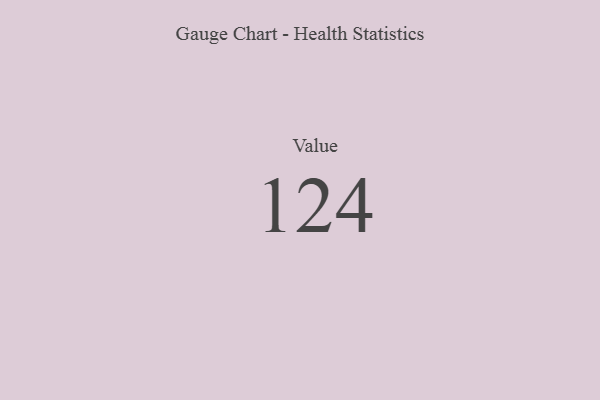
{"axis": {"x": "Metric", "y": "Value"}, "legend": [""], "data": [{"x": "Value", "y": 124, "type": ""}]}